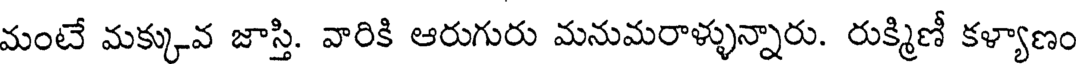
మంటే మక్కువ జాస్తి. వారికి ఆరుగురు మనుమరాళ్ళున్నారు. రుక్మిణీ కళ్యాణం